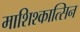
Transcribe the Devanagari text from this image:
माशिश्कात्सिन